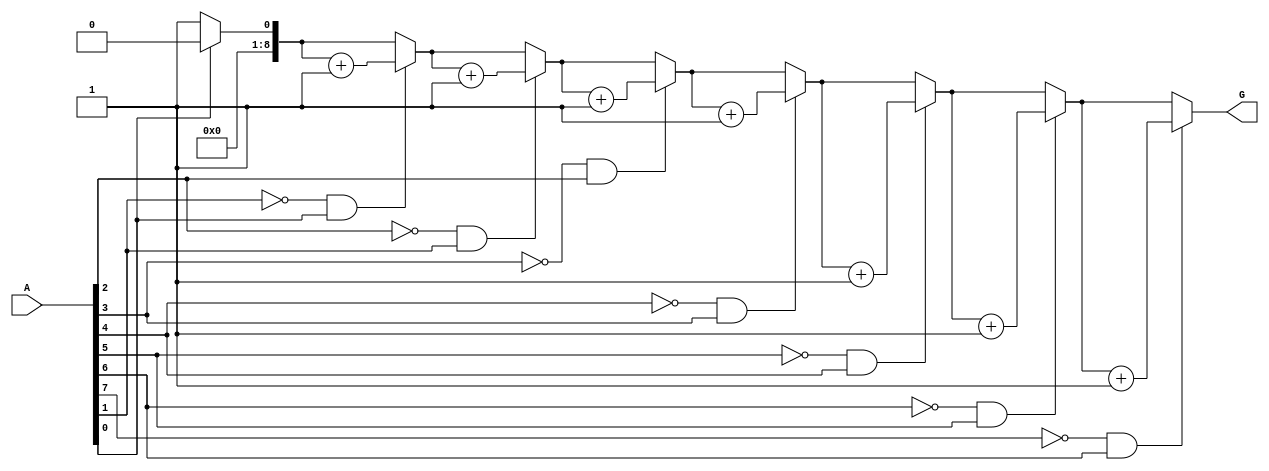
module GroupingOfZeros #(parameter N = 8) (
    input [N-1:0] A,
    output reg [N:0] G // G can be N+1 to account for maximum groups
);
    
    integer i;
    reg [N-1:0] previous_state; // To hold the previous value of the input
    reg [N:0] group_count; // Counter for the number of groups of zeros

    always @(*) begin
        group_count = 0; // Initialize group count
        previous_state = 1'b1; // Assume previous state is '1' (no zeros at start)

        for (i = 0; i < N; i = i + 1) begin
            if (A[i] == 1'b0 && previous_state == 1'b1) begin
                // Transition from '1' to '0', indicating a new group
                group_count = group_count + 1;
            end
            previous_state = A[i]; // Update the previous state
        end

        G = group_count; // Output the total number of groups of zeros
    end

endmodule